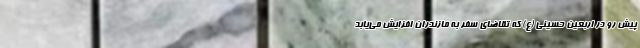
پیش رو در اربعین حسینی (ع) که تقاضای سفر به مازندران افزایش می‌یابد